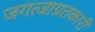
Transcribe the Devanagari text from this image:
जगत्जाग्रतकारी